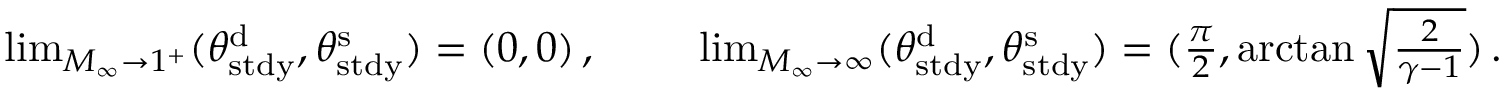
\begin{array} { r } { \operatorname* { l i m } _ { M _ { \infty } \to 1 ^ { + } } ( \theta _ { \mathrm { s t d y } } ^ { \mathrm { d } } , \theta _ { \mathrm { s t d y } } ^ { \mathrm { s } } ) = ( 0 , 0 ) \, , \qquad \, \, \operatorname* { l i m } _ { M _ { \infty } \to \infty } ( \theta _ { \mathrm { s t d y } } ^ { \mathrm { d } } , \theta _ { \mathrm { s t d y } } ^ { \mathrm { s } } ) = ( \frac { \pi } { 2 } , \arctan { \sqrt { \frac { 2 } { \gamma - 1 } } } ) \, . } \end{array}